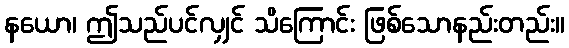
နယော၊ ဤသည်ပင်လျှင် သိကြောင်း ဖြစ်သောနည်းတည်း။